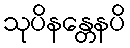
သုပိနန္တေနပိ